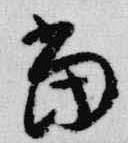
当